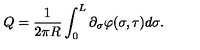
Q = \frac { 1 } { 2 \pi R } \int _ { 0 } ^ { L } \partial _ { \sigma } \varphi ( \sigma , \tau ) d \sigma .